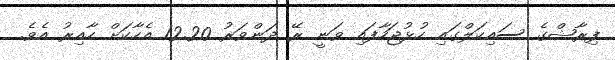
ފިރާޝްގެ ސައިކަލްގައި ހުޅުޖަހާފައި ވަނީ ރޭ ދަންވަރު 12.20 އެހާކަށް ހާއިރު އެވެ.